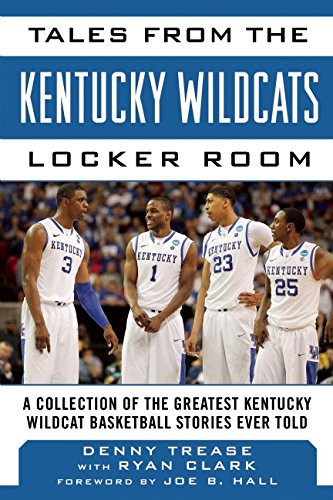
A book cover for Tales from the Kentucky Wildcats Locker Room: A Collection of the Greatest Wildcat Stories Ever Told (Tales from the Team); Denny Trease; Sports & Outdoors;